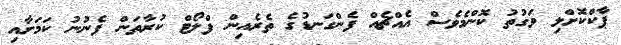
ޕާކްކޮށްލި ވަގުތު ކޮންމެވެސް އެއްޗެއް ފެންގަނޑުގެ ތެރެއިން ފްލޯޓް ކުރާތަން ފެނުނު ކަމަށާއި